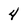
Character: 4